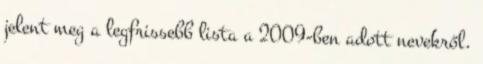
jelent meg a legfrissebb lista a 2009-ben adott nevekről.